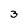
Character: 3